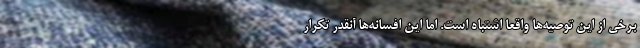
برخی از این توصیه‌ها واقعاً اشتباه است. اما این افسانه‌ها آنقدر تکرار